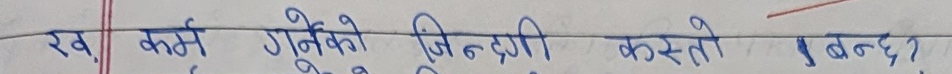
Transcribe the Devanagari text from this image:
र, कर्म गर्नेको जिन्दगी कस्तो बन्छ?